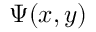
\Psi ( x , y )